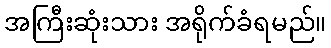
အကြီးဆုံးသား အရိုက်ခံရမည်။